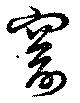
窬